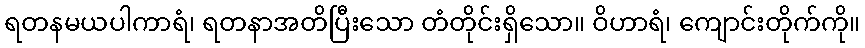
ရတနမယပါကာရံ၊ ရတနာအတိပြီးသော တံတိုင်းရှိသော။ ဝိဟာရံ၊ ကျောင်းတိုက်ကို။